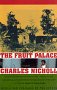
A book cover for Fruit Palace; Charles Nicholl; Travel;